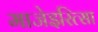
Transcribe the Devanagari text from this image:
माजेइरित्सा